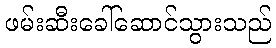
ဖမ်းဆီးခေါ်ဆောင်သွားသည်